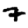
Digit: 7